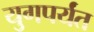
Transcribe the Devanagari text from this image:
युगपर्यंत